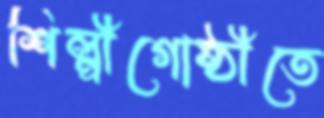
শিল্পীগোষ্ঠীতে